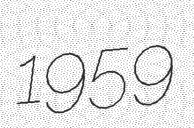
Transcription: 1959